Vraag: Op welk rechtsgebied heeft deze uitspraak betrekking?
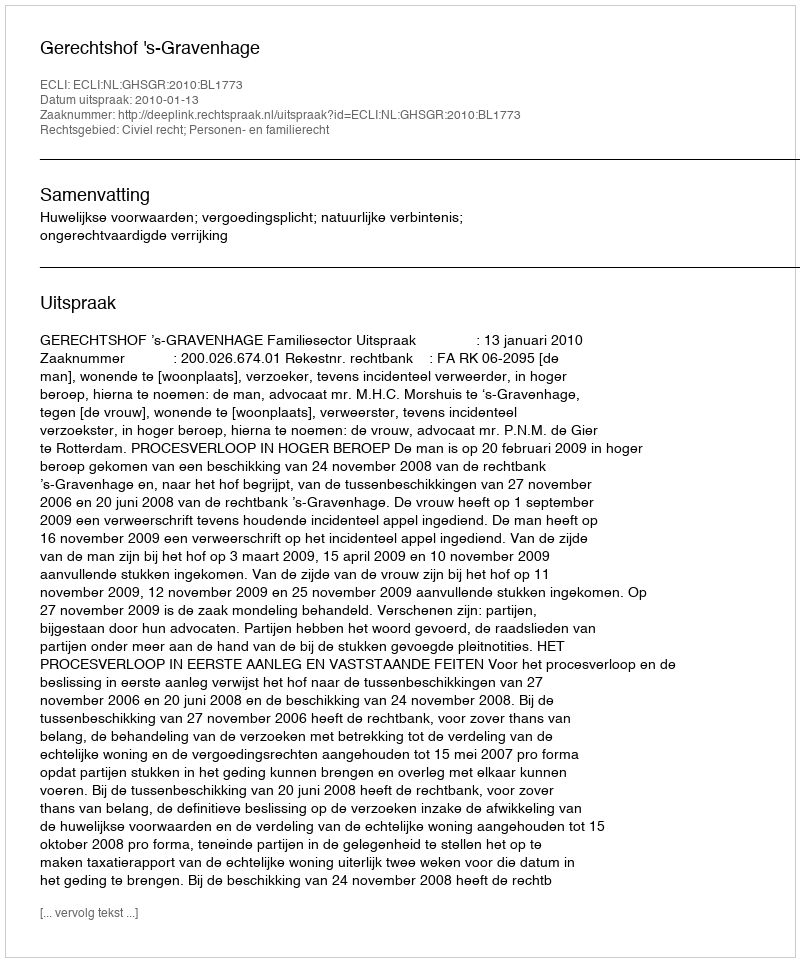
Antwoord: Civiel recht; Personen- en familierecht